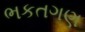
ભકતગણ